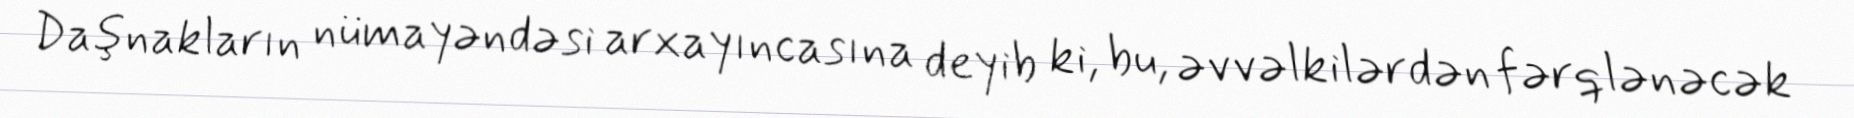
Daşnakların nümayəndəsi arxayıncasına deyib ki, bu, əvvəlkilərdən fərqlənəcək